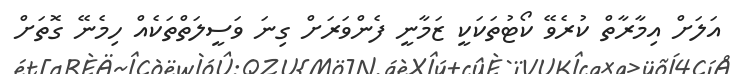
އަލަށް އިމާރާތް ކުރެވޭ ކޯޓުތަކަކީ ޒަމާނީ ފެންވަރަށް ގިނަ ވަސީލަތްތަކެއް ހިމެނޭ ގޮތަށް